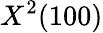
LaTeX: X^{2}(100)